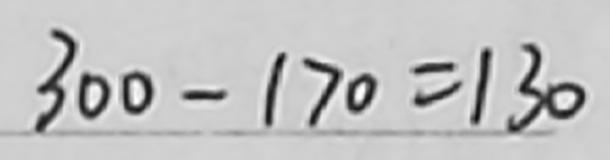
3 0 0 - 1 7 0 = 1 3 0